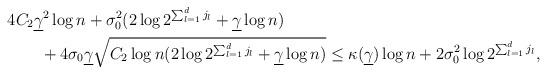
LaTeX: \begin{align*}&4C_2\underline{\gamma}^2\log{n}+\sigma_0^2(2\log{2^{\sum_{l=1}^dj_l}}+\underline{\gamma}\log{n})\\&\qquad+4\sigma_0\underline{\gamma}\sqrt{C_2\log{n}(2\log{2^{\sum_{l=1}^dj_l}}+\underline{\gamma}\log{n})}\leq\kappa(\underline{\gamma})\log{n}+2\sigma_0^2\log{2^{\sum_{l=1}^dj_l}},\end{align*}